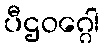
ပီဌဝဂ္ဂေါ